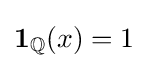
\mathbf {1} _{\mathbb {Q} }(x)=1